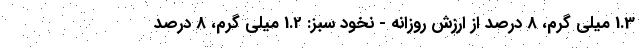
1.3 میلی گرم، 8 درصد از ارزش روزانه - نخود سبز: 1.2 میلی گرم، 8 درصد